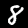
Digit: 8